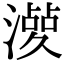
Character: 𣿤